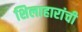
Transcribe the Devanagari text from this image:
शिलाहारांची